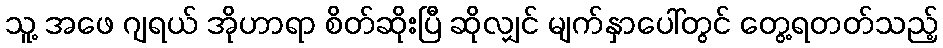
သူ့ အဖေ ဂျရယ် အိုဟာရာ စိတ်ဆိုးပြီ ဆိုလျှင် မျက်နှာပေါ်တွင် တွေ့ရတတ်သည့်